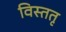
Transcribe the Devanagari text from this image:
विस्ततृ